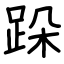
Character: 跺